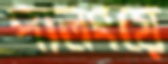
পালংয়ে